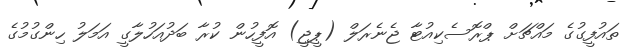
ތައުފީގުގެ މައްޗަށް ޕްރޮސެކިއުޓާ ޖެނެރަލް (ޕީޖީ) އޮފީހުން ކުރާ ބަދުއަހުލާގީ އަމަލު ހިންގުމުގެ